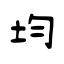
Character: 均